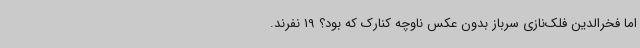
اما فخر‌الدین فلک‌نازی سرباز بدون عکس ناوچه کنارک که بود؟ 19 نفرند.